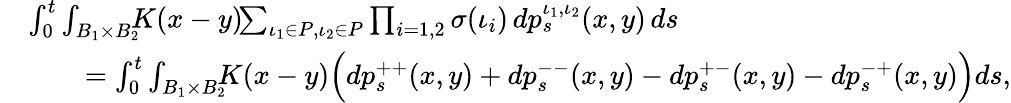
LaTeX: \begin{array}{rl}&{\int_{0}^{t}\int_{B_{1}\times B_{2}}\! \! \! K(x-y)\! \! \sum_{\iota_{1}\in P,\iota_{2}\in P}\prod_{i=1,2}\sigma(\iota_{i})\, dp_{s}^{\iota_{1},\iota_{2}}(x,y)\, ds}\\ &{\qquad=\int_{0}^{t}\int_{B_{1}\times B_{2}}\! \! \! K(x-y)\Big(dp_{s}^{++}(x,y)+dp_{s}^{--}(x,y)-dp_{s}^{+-}(x,y)-dp_{s}^{-+}(x,y)\Big)ds,}\end{array}